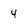
Character: 4